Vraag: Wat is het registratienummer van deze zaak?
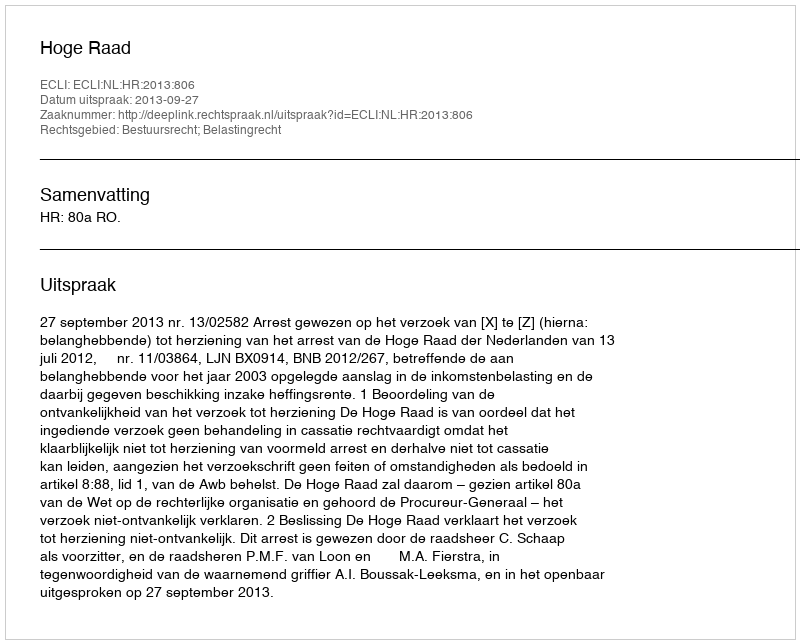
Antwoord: http://deeplink.rechtspraak.nl/uitspraak?id=ECLI:NL:HR:2013:806